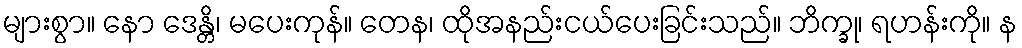
များစွာ။ နော ဒေန္တိ၊ မပေးကုန်။ တေန၊ ထိုအနည်းငယ်ပေးခြင်းသည်။ ဘိက္ခု၊ ရဟန်းကို။ န